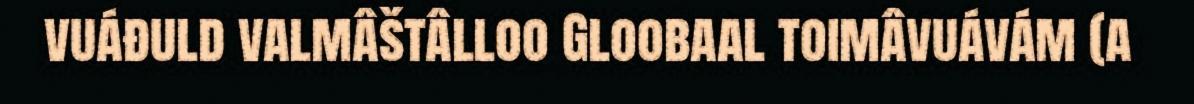
vuáđuld valmâštâlloo Gloobaal toimâvuávám (a